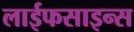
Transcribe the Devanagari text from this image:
लाईफसाइन्स